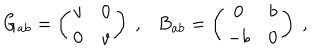
G _ { a b } = \left( \begin{array} { c c } { { v } } & { { 0 } } \\ { { 0 } } & { { v } } \\ \end{array} \right) ~ , B _ { a b } = \left( \begin{array} { c c } { { 0 } } & { { b } } \\ { { - b } } & { { 0 } } \\ \end{array} \right) ~ ,